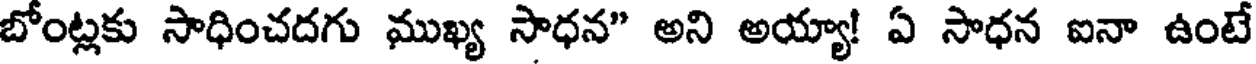
బోంట్లకు సాధించదగు ముఖ్య సాధన" అని అయ్యా! ఏ సాధన ఐనా ఉంటే